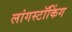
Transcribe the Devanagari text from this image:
लांगस्टॉकिंग